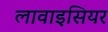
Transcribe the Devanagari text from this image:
लावाइसियर